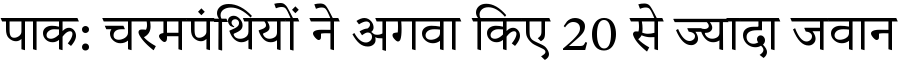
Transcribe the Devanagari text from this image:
पाक: चरमपंथियों ने अगवा किए 20 से ज्यादा जवान